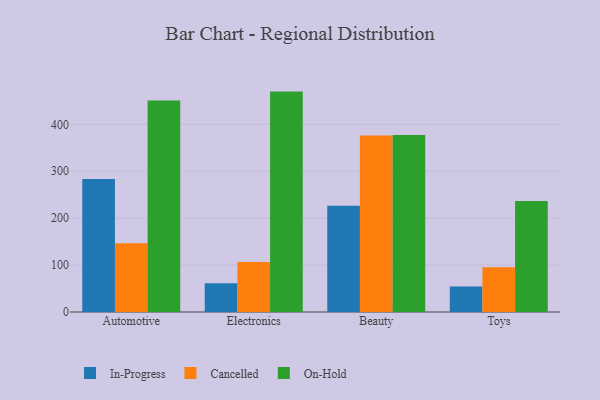
{"axis": {"x": "Category", "y": "Revenue (USD Million)"}, "legend": ["Cancelled", "In-Progress", "On-Hold"], "data": [{"x": "Automotive", "y": 283.4, "type": "In-Progress"}, {"x": "Automotive", "y": 146.6, "type": "Cancelled"}, {"x": "Automotive", "y": 450.8, "type": "On-Hold"}, {"x": "Electronics", "y": 61.3, "type": "In-Progress"}, {"x": "Electronics", "y": 106.8, "type": "Cancelled"}, {"x": "Electronics", "y": 469.8, "type": "On-Hold"}, {"x": "Beauty", "y": 226.3, "type": "In-Progress"}, {"x": "Beauty", "y": 376.3, "type": "Cancelled"}, {"x": "Beauty", "y": 377.4, "type": "On-Hold"}, {"x": "Toys", "y": 54.3, "type": "In-Progress"}, {"x": "Toys", "y": 95.2, "type": "Cancelled"}, {"x": "Toys", "y": 236.4, "type": "On-Hold"}]}